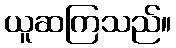
ယူဆကြသည်။